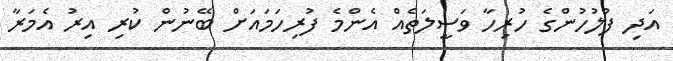
އަދި ފުލުހުންގެ ހުރިހާ ވަސީލަތެއް އެންމެ ފުރިހަމައަށް ބޭނުން ކުރި އިރު އެމަރާ